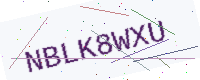
Text: NBLK8WXU